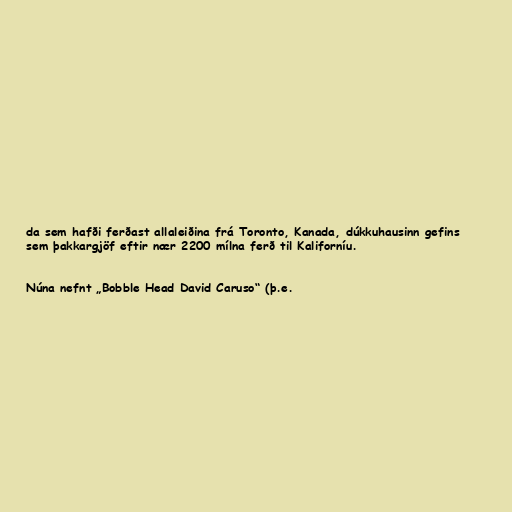
da sem hafði ferðast allaleiðina frá Toronto, Kanada, dúkkuhausinn gefins
sem þakkargjöf eftir nær 2200 mílna ferð til Kaliforníu.

Núna nefnt „Bobble Head David Caruso“ (þ.e.